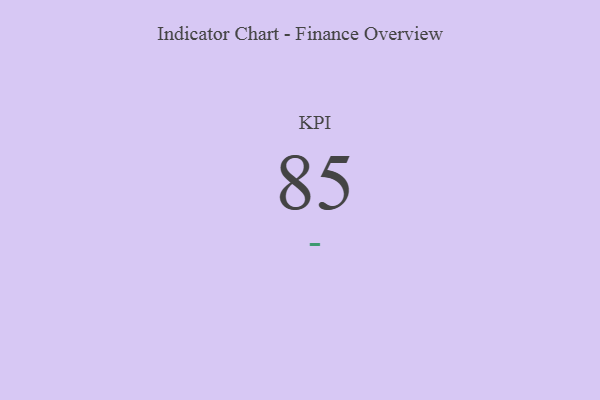
{"axis": {"x": "KPI", "y": "Value"}, "legend": [""], "data": [{"x": "KPI", "y": 85, "type": ""}]}